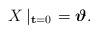
LaTeX: \begin{align*}X\left|_{{\bf t}=0}\right.=\mbox{\boldmath$\vartheta$}.\end{align*}